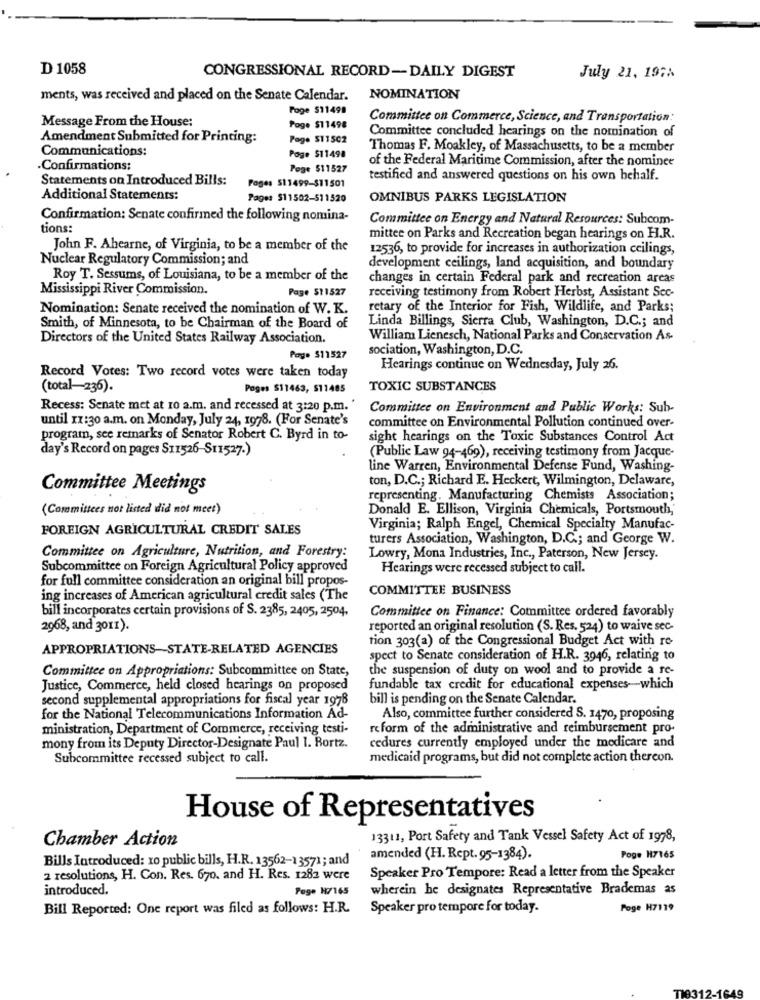
D 1058
CONGRESSIONAL RECORD-DAILY DIGEST
July 21, 1971
ments, was received and placed on the Senate Calendar. NOMINATION
Foge 511499
Message From the House:
Committee on Commerce, Science, and Transportation:
Poge $11498
Committee concluded hearings on the nomination of
Amendment Submitted for Printing:
Page $11502
Communications:
Thomas F. Moakley, of Massachusetts, to be a member
Pogo $11498
of the Federal Maritime Commission, after the nominee
.Confirmations:
Pege $11527
Statements on Introduced Bills:
testified and answered questions on his own behalf.
Pages 511499-$11501
Additional Statements:
Pages $11502-511520
OMNIBUS PARKS LEGISLATION
Confirmation: Senate confirmed the following nomina-
Committee on Energy and Natural Resources: Subcom-
tions:
mittee on Parks and Recreation began hearings on H.R.
John F. Ahearne, of Virginia, to be a member of the
12536, to provide for increases in authorization ceilings,
Nuclear Regulatory Commission; and
development ceilings, land acquisition, and boundary
Roy T. Sessums, of Louisiana, to be a member of the
changes in certain Federal park and recreation arcas
Mississippi River Commission.
Page $11527
receiving testimony from Robert Herbst, Assistant Scc-
Nomination: Senate received the nomination of W. K.
retary of the Interior for Fish, Wildlife, and Parks;
Linda Billings, Sierra Club, Washington, D.C .; and
Smith, of Minnesota, to be Chairman of the Board of
Directors of the United States Railway Association.
William Lienesch, National Parks and Conservation As
sociation, Washington, D.C.
Page $11527
Hearings continue on Wednesday, July 26.
Record Votes: Two record votes were taken today
(total-236).
Pages $11463, S11405
TOXIC SUBSTANCES
Recess: Senate met at 10 a.m. and recessed at 3:20 p.m.'
Committee on Environment and Public Works: Sub-
until xx:30 a.m. on Monday, July 24, 1978. (For Senate's
committee on Environmental Pollution continued over-
program, see remarks of Senator Robert C. Byrd in to-
sight hearings on the Toxic Substances Control Act
day's Record on pages S11526-S11527.)
(Public Law 94-469), receiving testimony from Jacque-
line Warren, Environmental Defense Fund, Washing-
ton, D.C .; Richard E. Heckert, Wilmington, Delaware,
Committee Meetings
representing. Manufacturing Chemists Association;
(Committees not listed did not meet)
Donald E. Ellison, Virginia Chemicals, Portsmouth,
FOREIGN AGRICULTURAL CREDIT SALES
Virginia; Ralph Engel, Chemical Specialty Manufac-
turers Association, Washington, D.C .; and George W.
Committee on Agriculture, Nutrition, and Forestry:
Lowry, Mona Industries, Inc ., Paterson, New Jersey.
Subcommittee on Foreign Agricultural Policy approved
Hearings were recessed subject to call.
for full committee consideration an original bill propos-
COMMITTEE BUSINESS
ing increases of American agricultural credit sales (The
bill incorporates certain provisions of S. 2385, 2405, 2504.
Committee on Finance: Committee ordered favorably
2968, and 3011).
reported an original resolution (S. Res. 524) to waive sec-
tion 303(a) of the Congressional Budget Act with ro
APPROPRIATIONS-STATE-RELATED AGENCIES
spect to Senate consideration of H.R. 3946, relating to
Committee on Appropriations: Subcommittee on State,
the suspension of duty on wool and to provide a re-
Justice, Commerce, held closed hearings on proposed
fundable tax credit for educational expenses-which
second supplemental appropriations for fiscal year 1978
bill is pending on the Senate Calendar.
for the National Telecommunications Information Ad-
Also, committee further considered S. 1470, proposing
ministration, Department of Commerce, receiving testi-
reform of the administrative and reimbursement pro-
cedures currently employed under the medicare and
mony from its Deputy Director-Designate Paul 1. Bortz.
Subcommittee recessed subject to call.
medicaid programs, but did not complete action thereon.
House of Representatives
Chamber Action
13311, Port Safety and Tank Vessel Safety Act of 1978,
amended (H. Rept. 95-1384).
Poge H7165
Bills Introduced: 10 public bills, H.R. 13562-13571; and
2 resolutions, H. Con. Res. 670. and H. Res. 1282 were
Speaker Pro Tempore: Read a letter from the Speaker
introduced.
Foge H7165
wherein be designates Representative Brademas as
Bill Reported: One report was filed as follows: H.R.
Speaker pro tempore for today.
Poge H7119
TI831
2-1649